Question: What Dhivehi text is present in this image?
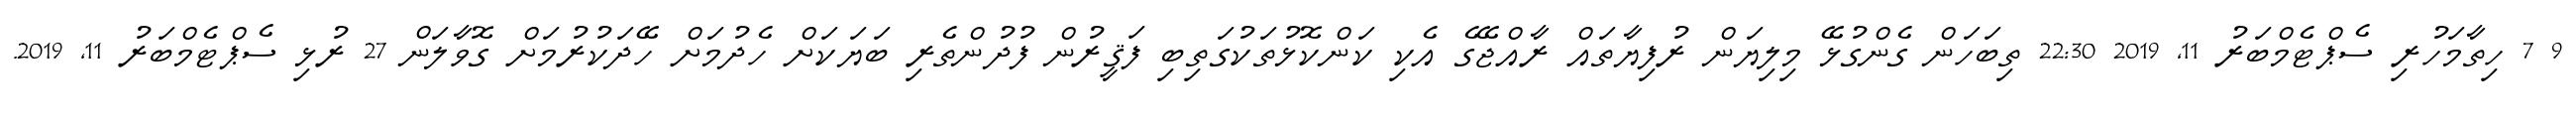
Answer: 9 7 ހިތާމަހުރި ސެޕްޓެމްބަރު 11, 2019 22:30 ތިބަހަން ގެންގުޅޭ މިލިޔަން ރުފިޔާތައް ރާއްޖޭގެ އެކި ކަންކޮޅުތަކުގަތިބި ފަޤީރުން ފުދުންތެރި ބަޔަކަށް ހެދުމަށް ހޭދަކުރުމަށް ގޮވާލަން 27 ރުޅި ސެޕްޓެމްބަރު 11, 2019.